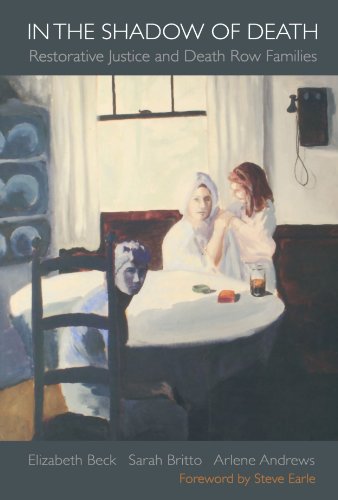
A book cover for In the Shadow of Death: Restorative Justice and Death Row Families; Elizabeth Beck; Health, Fitness & Dieting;